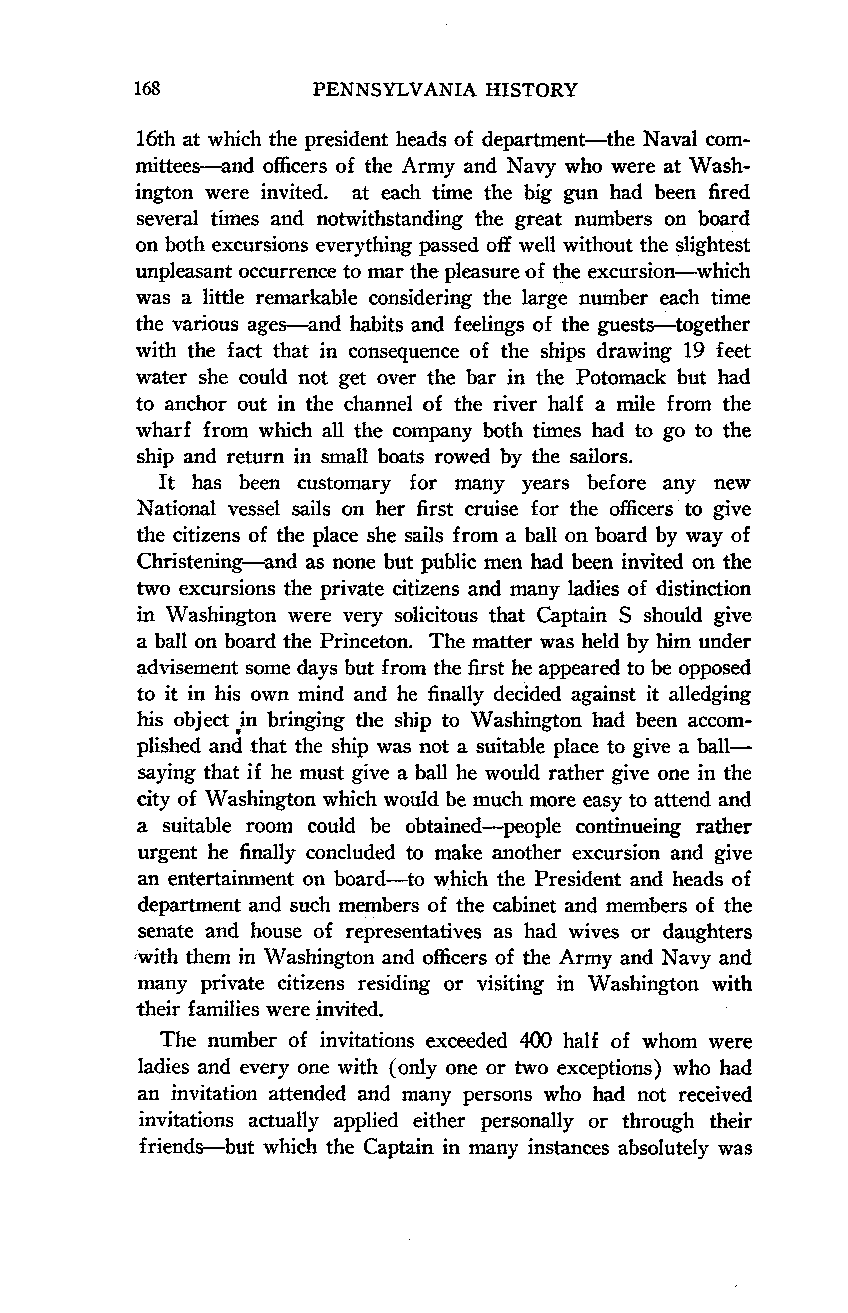
168         PENNSYLVANIA HISTORY
 16th at which the president heads of department-the Naval com-
 mittees-and officers of the Army and Navy who were at Wash-
 ington were invited. at each time the big gun had been fired
 several times and notwithstanding the great numbers on board
 on both excursions everything passed off well without the slightest
 unpleasant occurrence to mar the pleasure of the excursion-which
 was a little remarkable considering the large number each time
 the various ages-and habits and feelings of the guests-together
 with the fact that in consequence of the ships drawing 19 feet
 water she could not get over the bar in the Potomack but had
 to anchor out in the channel of the river half a mile from the
 wharf from which all the company both times had to go to the
 ship and return in small boats rowed by the sailors.
 It has been customary for many years before any new
 National vessel sails on her first cruise for the officers to give
 the citizens of the place she sails from a ball on board by way of
 Christening-and as none but public men had been invited on the
 two excursions the private citizens and many ladies of distinction
 in Washington were very solicitous that Captain S should give
 a ball on board the Princeton. The matter was held by him under
 advisement some days but from the first he appeared to be opposed
 to it in his own mind and he finally decided against it alledging
 his object in bringing the ship to Washington had been accom-
 plished and that the ship was not a suitable place to give a ball-
 saying that if he must give a ball he would rather give one in the
 city of Washington which would be much more easy to attend and
 a suitable room could be obtained-people continueing rather
 urgent he finally concluded to make another excursion and give
 an entertainment on board-to which the President and heads of
 department and such members of the cabinet and members of the
 senate and house of representatives as had wives or daughters
 with them in Washington and officers of the Army and Navy and
 many private citizens residing or visiting in Washington with
 their families were invited.
 The number of invitations exceeded 400 half of whom were
 ladies and every one with (only one or two exceptions) who had
 an invitation attended and many persons who had not received
 invitations actually applied either personally or through their
 friends-but which the Captain in many instances absolutely was